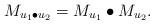
LaTeX: \begin{align*}M_{u_1\bullet u_2}=M_{u_1}\bullet M_{u_2}.\end{align*}